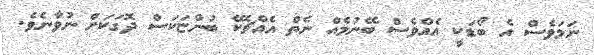
ނަމަވެސް އެ ބޯޑަކީ އެއްވެސް ބޭނުމެއް ނެތް އެއްޗެކޭ ބުންޏަކަސް ދޮގަކަށް ނުވާނެވެ.